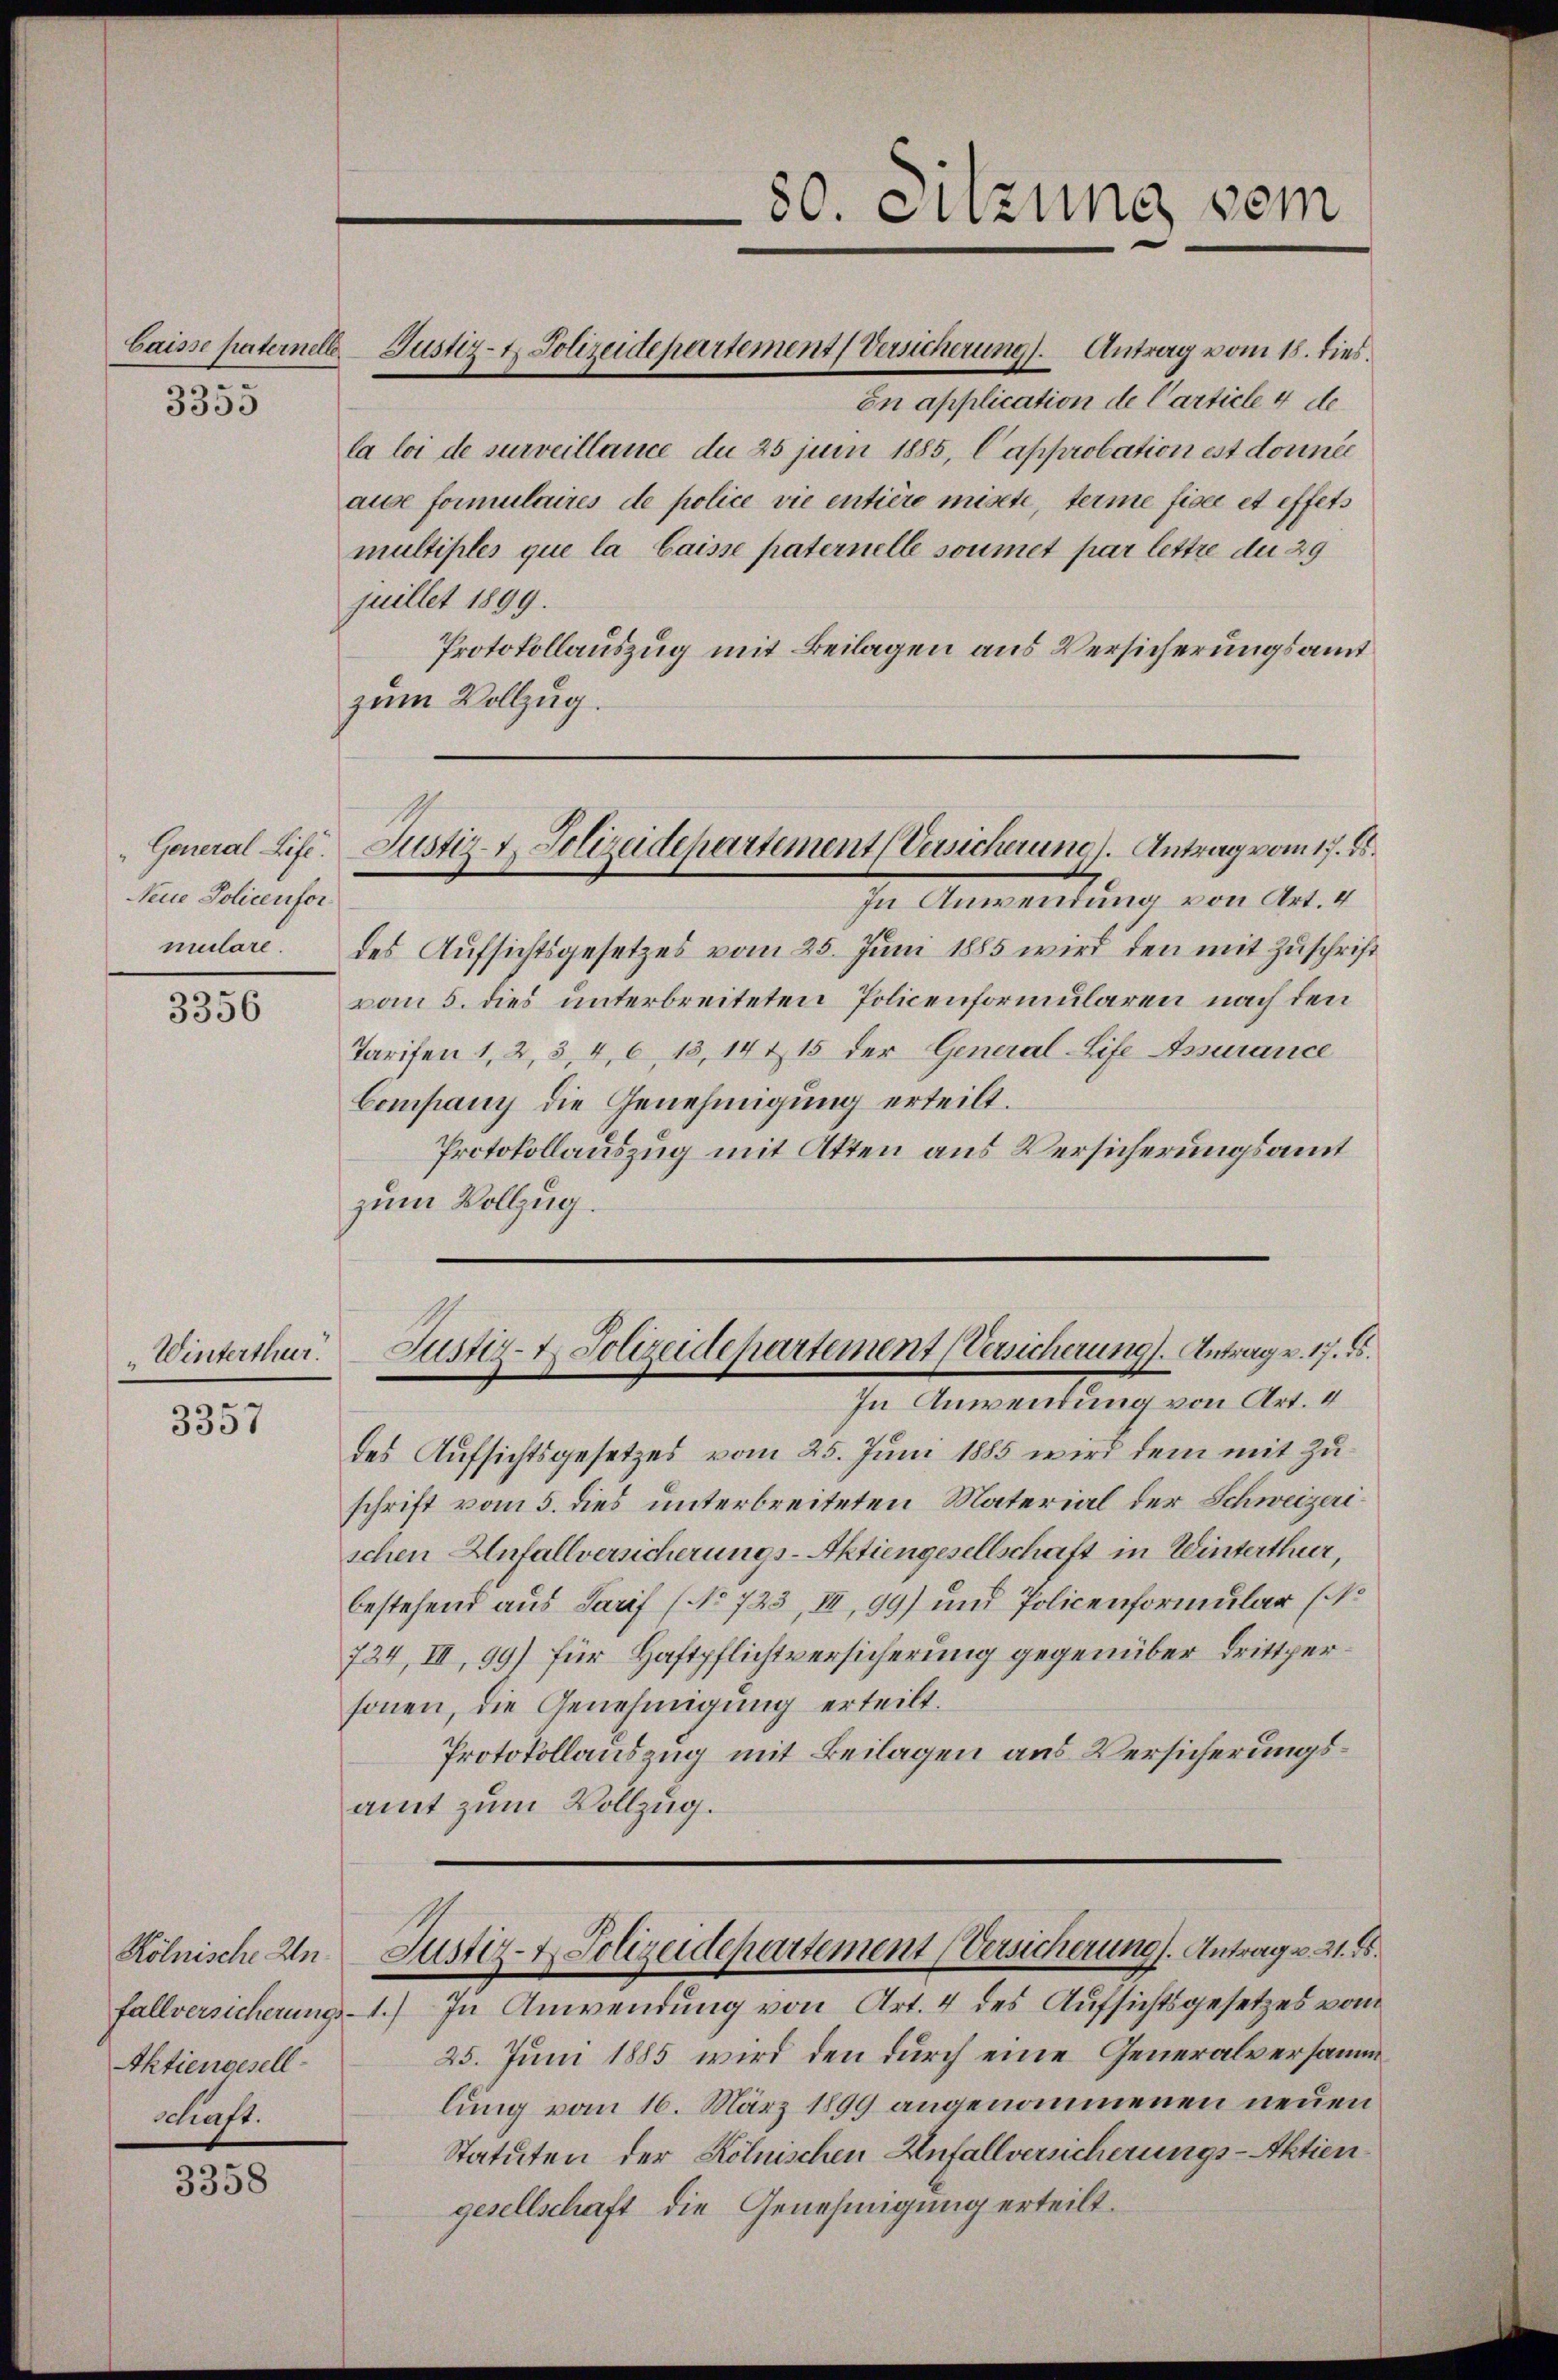
3355

Neue Policenfor¬

3356

„Winterthur.

3357

fallversicherungs- 1.
Aktiengesell
schaft.

3358

on application de Carticle 4 de
la loi de surveillance du 25 juni 1885, Capprobation est donner
ause formulaires de police vie entière misste, terme fiser et effets
multiples que la Caisse paternelle soumet par lettre du 29
juillet 1899.
Protokollauszug mit Beilagen aus Versicherungsamt
zum Vollzug.

Caisse paternell Justiz- & Polizeidepartement (Versicherung). Antrag vom 18. dies

In Anwendung von Art. 4
mulare des Aufsichtsgesetzes vom 25. Juni 1885 wird den mit Zuschrift
von 5. dies unterbreiteten Policenformularen nach den
Tarifen 1, 2, 3, 4, 6, 13, 14 & 15 der General-Life Assurance
Company die Genehmigung erteilt.
Protokollauszug mit Akten aus Versicherungsamt
zum Vollzug.

General Life. Justiz- & Polizeidepartement (Versicherung). Antrag vom 17. ds.

80. Sitzung dem

Justiz- & Polizeidepartement (Versicherung. Antrag v. 17. ds.
In Anwendung von Art. 4

Kölnische An Justiz- & Polizeidepartement (Versicherung). Antrag v. 21. ds.

des Aufsichtsgesetzes vom 25. Juni 1885 wird dem mit Zuschrift vom 5. dies unterbreiteten Material der Schweizeri
schen Anfallversicherungs-Aktiengesellschaft in Winterthur,
bestehend aus Tarif (No 723, III, 99) und Policenformular (N.
724, III, 99) für Haftpflichtversicherung gegenüber drittpersonen, die Genehmigung erteilt.
Protokollauszug mit Beilagen aus Versicherungsamt zum Vollzug.

) In Anwendung von Art. 4 des Aufsichtsgesetzes vom
25. Juni 1885 wird den durch eine Generalversammlung vom 16. März 1899 angenommenen neuen
Statuten der Kölnischen Anfallversicherungs-Aktiengesellschaft die Genehmigung erteilt.